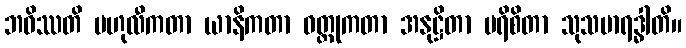
ဘဝိဿတိ ဗဟုလီကတာ ယာနိကတာ ဝတ္ထုကတာ အနုဋ္ဌိတာ ပရိစိတာ သုသမာရဒ္ဓါတိ။